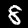
Digit: 8